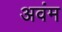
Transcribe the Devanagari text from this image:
अवंम